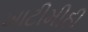
ખાટીમીઠી